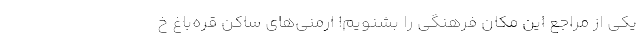
یکی از مراجعِ این مکان فرهنگی را بشنویم! ارمنی‌های ساکن قره‌باغ خ